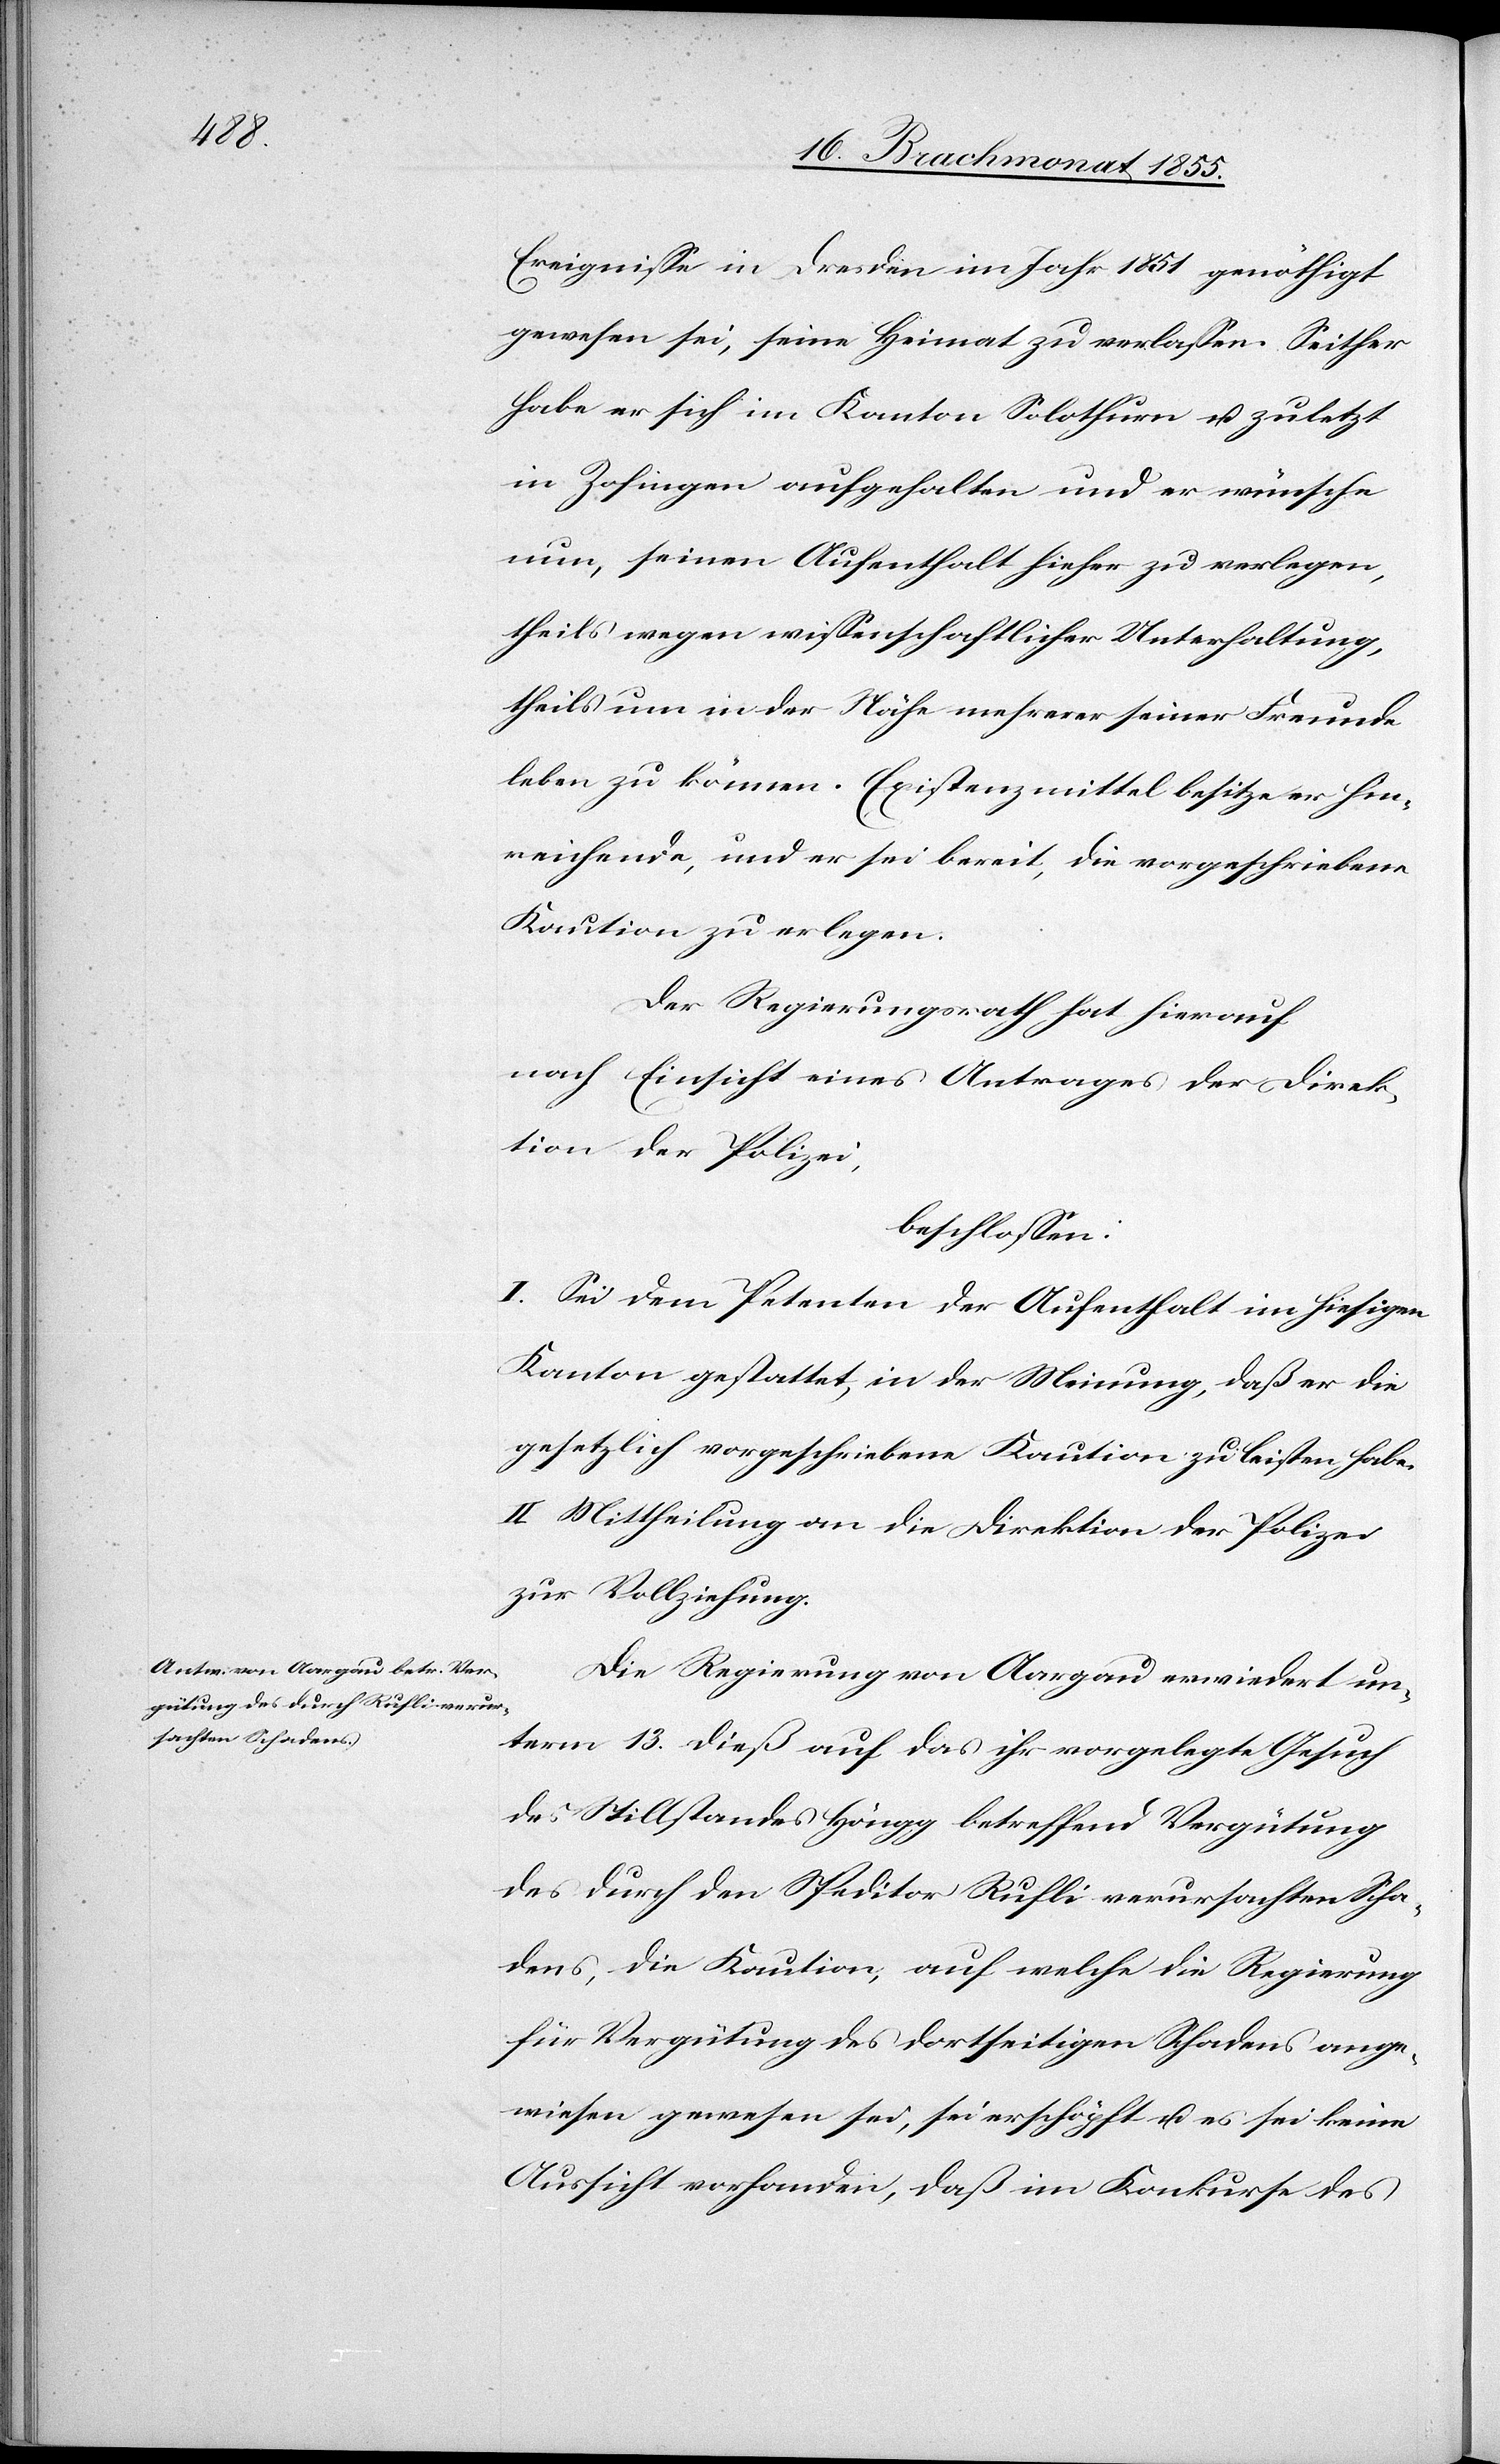
Ereignisse in Dresden im Jahr 1851 genöthigt
gewesen sei, seine Heimat zu verlassen. Seither
habe er sich im Kanton Solothurn u. zuletzt
in Zofingen aufgehalten und er wünsche
nun, seinen Aufenthalt hieher zu verlegen,
theils wegen wissenschaftlicher Unterhaltung,
theils um in der Nähe mehrerer seiner Freunde
leben zu können. Existenzmittel besitze er hin¬
reichende, und er sei bereit, die vorgeschriebene
Kaution zu erlegen.
Der Regierungsrath hat hierauf
nach Einsicht eines Antrages der Direk¬
tion der Polizei,
beschlossen:
I. Sei dem Petenten der Aufenthalt im hiesigen
Kanton gestattet, in der Meinung, daß er die
gesetzlich vorgeschriebene Kaution zu leisten habe.
II. Mittheilung an die Direktion der Polizei
zur Vollziehung.
Die Regierung von Aargau erwiedert un¬
term 13. dieß auf das ihr vorgelegte Gesuch
des Stillstandes Höngg betreffend Vergütung
des durch den Speditor Rufli verursachten Scha¬
dens, die Kaution, auf welche die Regierung
für Vergütung des dortseitigen Schadens ange¬
wiesen gewesen sei, sei erschöpft u. es sei keine
Aussicht vorhanden, daß im Konkurse des